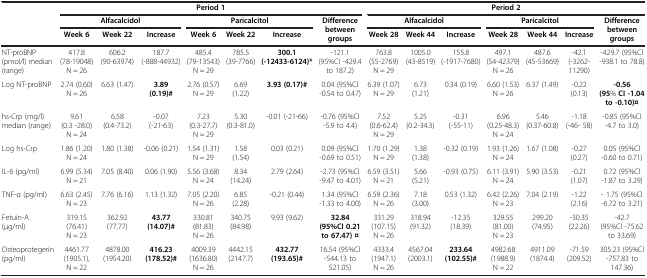
<table><thead><tr><td><b> </b></td><td colspan="7"><b>Period 1</b></td><td colspan="7"><b>Period 2</b></td></tr><tr><td><b> </b></td><td colspan="3"><b>Alfacalcidol</b></td><td colspan="3"><b>Paricalcitol</b></td><td rowspan="2"><b>Difference between groups</b></td><td colspan="3"><b>Alfacalcidol</b></td><td colspan="3"><b>Paricalcitol</b></td><td rowspan="2"><b>Difference between groups</b></td></tr><tr><td><b> </b></td><td><b>Week 6</b></td><td><b>Week 22</b></td><td><b>Increase</b></td><td><b>Week 6</b></td><td><b>Week 22</b></td><td><b>Increase</b></td><td><b>Week 28</b></td><td><b>Week 44</b></td><td><b>Increase</b></td><td><b>Week 28</b></td><td><b>Week 44</b></td><td><b>Increase</b></td></tr></thead><tbody><tr><td>NT-proBNP (pmol/l) median (range)</td><td>417.8 (78-19048) N = 26</td><td>606.2 (90-63974)</td><td>187.7 (-888-44932)</td><td>485.4 (79-13543) N = 29</td><td>785.5 (39-7766)</td><td><b>300.1 (-12433-6124)*</b></td><td>-121.1 (95%CI -429.4 to 187.2)</td><td>763.8 (55-2769) N = 29</td><td>1005.0 (43-8519)</td><td>155.8 (-1917-7680)</td><td>497.1 (54-42379) N = 26</td><td>487.6 (45-53669)</td><td>-42.1 (-3262-11290)</td><td>-429.7 (95%CI -938.1 to 78.8)</td></tr><tr><td>Log NT-proBNP</td><td>2.74 (0.60) N = 26</td><td>6.63 (1.47)</td><td><b>3.89 (0.19)#</b></td><td>2.76 (0.57) N = 29</td><td>6.69 (1.22)</td><td><b>3.93 (0.17)#</b></td><td>0.04 (95%CI -0.54 to 0.47)</td><td>6.39 (1.07) N = 29</td><td>6.73 (1.21)</td><td>0.34 (0.19)</td><td>6.60 (1.53) N = 26</td><td>6.37 (1.49)</td><td>-0.22 (0.13)</td><td><b>-0.56 (95</b>% <b>CI -1.04 to -0.10)¤</b></td></tr><tr><td>hs-Crp (mg/l) median (range)</td><td>9.61 (0.3 -28.0) N = 24</td><td>6.58 (0.4-73.2)</td><td>-0.07 (-21-63)</td><td>7.23 (0.3-27.7) N = 29</td><td>5.30 (0.3-81.0)</td><td>-0.01 (-21-66)</td><td>-0.76 (95%CI -5.9 to 4.4)</td><td>7.52 (0.6-62.4) N = 29</td><td>5.25 (0.2-34.3)</td><td>-0.31 (-55-11)</td><td>6.96 (0.25-48.3) N = 24</td><td>5.46 (0.37-60.8)</td><td>-1.18 (-46- 58)</td><td>-0.85 (95%CI -4.7 to 3.0)</td></tr><tr><td>Log hs-Crp</td><td>1.86 (1.20) N = 24</td><td>1.80 (1.38)</td><td>-0.06 (0.21)</td><td>1.54 (1.31) N = 29</td><td>1.58 (1.54)</td><td>0.03 (0.21)</td><td>0.09 (95%CI -0.69 to 0.51)</td><td>1.70 (1.29) N = 29</td><td>1.38 (1.38)</td><td>-0.32 (0.19)</td><td>1.93 (1.26) N = 24</td><td>1.67 (1.08)</td><td>-0.27 (0.27)</td><td>0.05 (95%CI -0.60 to 0.71)</td></tr><tr><td>IL-6 (pg/ml)</td><td>6.99 (5.34) N = 21</td><td>7.05 (8.40)</td><td>0.06 (1.90)</td><td>5.56 (3.68) N = 24</td><td>8.34 (14.24)</td><td>2.79 (2.64)</td><td>-2.73 (95%CI -9.47 to 4.01)</td><td>6.59 (3.51) N = 21</td><td>5.66 (5.21)</td><td>-0.93 (0.75)</td><td>6.11 (3.91) N = 24</td><td>5.90 (3.53)</td><td>-0.21 (1.07)</td><td>0.72 (95%CI -1.87 to 3.29)</td></tr><tr><td>TNF-α (pg/ml)</td><td>6.63 (2.45) N = 23</td><td>7.76 (6.16)</td><td>1.13 (1.32)</td><td>7.05 (2.20) N = 26</td><td>6.85 (2.28)</td><td>-0.21 (0.44)</td><td>1.34 (95%CI -1.33 to 4.00)</td><td>6.59 (2.36) N = 26</td><td>7.18 (3.00)</td><td>0.53 (1.32)</td><td>6.42 (2.26) N = 23</td><td>7.04 (2.19)</td><td>-1.22 (2.16)</td><td>- 1.75 (95%CI -6.72 to 3.21)</td></tr><tr><td>Fetuin-A (μg/ml)</td><td>319.15 (76.41) N = 23</td><td>362.92 (77.77)</td><td><b>43.77 (14.07)#</b></td><td>330.81 (81.83) N = 26</td><td>340.75 (84.98)</td><td>9.93 (9.62)</td><td><b>32.84 (95%CI 0.21 to 67.47) ¤</b></td><td>331.29 (107.15) N = 26</td><td>318.94 (91.32)</td><td>-12.35 (18.39)</td><td>329.55 (81.00) N = 23</td><td>299.20 (74.95)</td><td>-30.35 (22.26)</td><td>-42.7 (95%CI -75.62 to 33.69)</td></tr><tr><td>Osteoprotegerin (pg/ml)</td><td>4461.77 (1905.1), N = 22</td><td>4878.00 (1954.20)</td><td><b>416.23 (178.52)#</b></td><td>4009.39 (1636.80) N = 26</td><td>4442.15 (2147.7)</td><td><b>432.77 (193.65)#</b></td><td>16.54 (95%CI -544.13 to 521.05)</td><td>4333.4 (1947.1) N = 26</td><td>4567.04 (2003.1)</td><td><b>233.64 (102.55)#</b></td><td>4982.68 (1988.9) N = 22</td><td>4911.09 (1874.4)</td><td>-71.59 (209.52)</td><td>305.23 (95%CI -757.83 to 147.36)</td></tr></tbody></table>